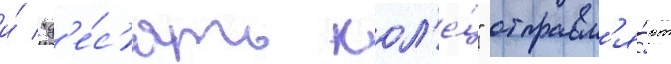
и́ "д'е́с'ять кол'е́ц" отправл'я́ют